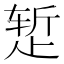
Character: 𬆂